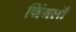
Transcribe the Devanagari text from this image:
जिंगलों